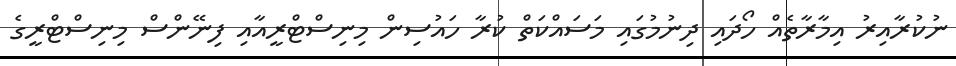
ނުކުރާއިރު އިމާރާތެއް ހޯދައި ދިނުމުގައި މަސައްކަތް ކުރާ ހައުސިން މިނިސްޓްރީއާއި ފިނޭންސް މިނިސްޓްރީގެ